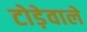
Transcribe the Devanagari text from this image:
टोड़ेवाले